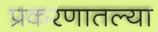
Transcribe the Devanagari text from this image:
प्रकरणातल्या